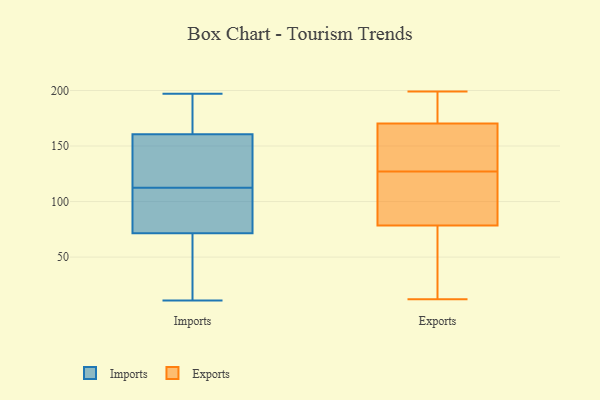
{"axis": {"x": "Bounce Rate (%)", "y": "Value"}, "legend": ["Exports", "Imports"], "data": [{"x": "", "y": 11, "type": "Imports"}, {"x": "", "y": 48, "type": "Imports"}, {"x": "", "y": 180, "type": "Imports"}, {"x": "", "y": 148, "type": "Imports"}, {"x": "", "y": 90, "type": "Imports"}, {"x": "", "y": 83, "type": "Imports"}, {"x": "", "y": 197, "type": "Imports"}, {"x": "", "y": 162, "type": "Imports"}, {"x": "", "y": 102, "type": "Imports"}, {"x": "", "y": 125, "type": "Imports"}, {"x": "", "y": 112, "type": "Imports"}, {"x": "", "y": 24, "type": "Imports"}, {"x": "", "y": 60, "type": "Imports"}, {"x": "", "y": 159, "type": "Imports"}, {"x": "", "y": 193, "type": "Imports"}, {"x": "", "y": 158, "type": "Imports"}, {"x": "", "y": 92, "type": "Imports"}, {"x": "", "y": 113, "type": "Imports"}, {"x": "", "y": 192, "type": "Imports"}, {"x": "", "y": 54, "type": "Imports"}, {"x": "", "y": 123, "type": "Exports"}, {"x": "", "y": 68, "type": "Exports"}, {"x": "", "y": 186, "type": "Exports"}, {"x": "", "y": 110, "type": "Exports"}, {"x": "", "y": 127, "type": "Exports"}, {"x": "", "y": 181, "type": "Exports"}, {"x": "", "y": 138, "type": "Exports"}, {"x": "", "y": 199, "type": "Exports"}, {"x": "", "y": 12, "type": "Exports"}, {"x": "", "y": 60, "type": "Exports"}, {"x": "", "y": 135, "type": "Exports"}]}